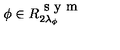
\phi \in R _ { 2 \lambda _ { \phi } } ^ { \textrm { s y m } }